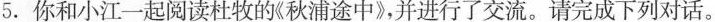
5.你和小江一起阅读杜牧的《秋浦途中》，并进行了交流。请完成下列对话。